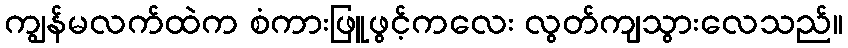
ကျွန်မလက်ထဲက စံကားဖြူဖွင့်ကလေး လွတ်ကျသွားလေသည်။